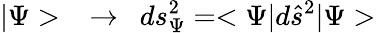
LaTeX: |\Psi>\ \ \rightarrow\ \ ds_{\Psi}^{2}=<\Psi|d\hat{s}^{2}|\Psi>